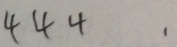
4 4 4 .